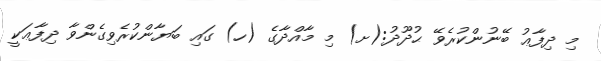
މި ދިފާޢު ބޭނުންކުރެވޭ ޙުދޫދު:(ށ) މި މާއްދާގެ (ހ) ގައި ބަޔާންކުރެވިގެންވާ ދިފާޢަކީ